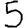
Digit: 5